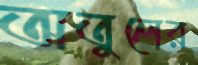
অতুলের